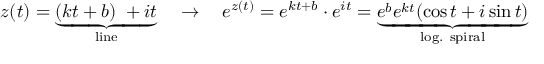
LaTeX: z ( t ) = \underbrace { ( k t + b ) \; + i t } _ { \mathrm { l i n e } } \quad \to \quad e ^ { z ( t ) } = e ^ { k t + b } \cdot e ^ { i t } = \underbrace { e ^ { b } e ^ { k t } ( \cos t + i \sin t ) } _ { \mathrm { l o g . ~ s p i r a l } }